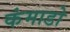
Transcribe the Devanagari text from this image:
कंमाडो